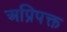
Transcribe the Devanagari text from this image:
अप्रिपक्त